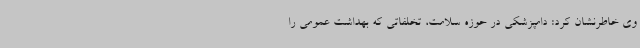
وی خاطرنشان کرد: دامپزشکی در حوزه سلامت، تخلفاتی که بهداشت عمومی را